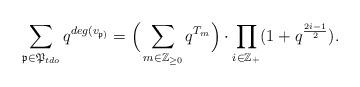
LaTeX: \begin{align*}\sum_{\mathfrak{p}\in \mathfrak{P}_{tdo}} q^{deg (v_{\mathfrak{p})}} = \Big(\sum_{m\in \mathbb{Z}_{\geq 0}}q^{T_m}\Big)\cdot \prod_{i\in \mathbb{Z}_{+}} (1+q^{\frac{2i-1}{2}}).\end{align*}